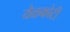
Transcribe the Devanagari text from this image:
येळकोटी